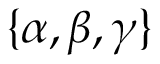
\{ \alpha , \beta , \gamma \}